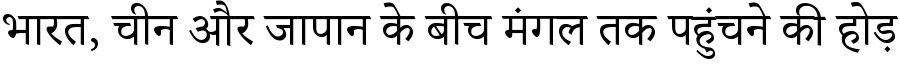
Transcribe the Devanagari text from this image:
भारत, चीन और जापान के बीच मंगल तक पहुंचने की होड़